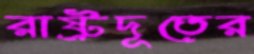
রাষ্ট্রদূতের